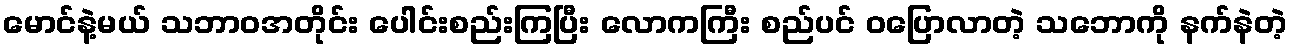
မောင်နဲ့မယ် သဘာဝအတိုင်း ပေါင်းစည်းကြပြီး လောကကြီး စည်ပင် ဝပြောလာတဲ့ သဘောကို နက်နဲတဲ့